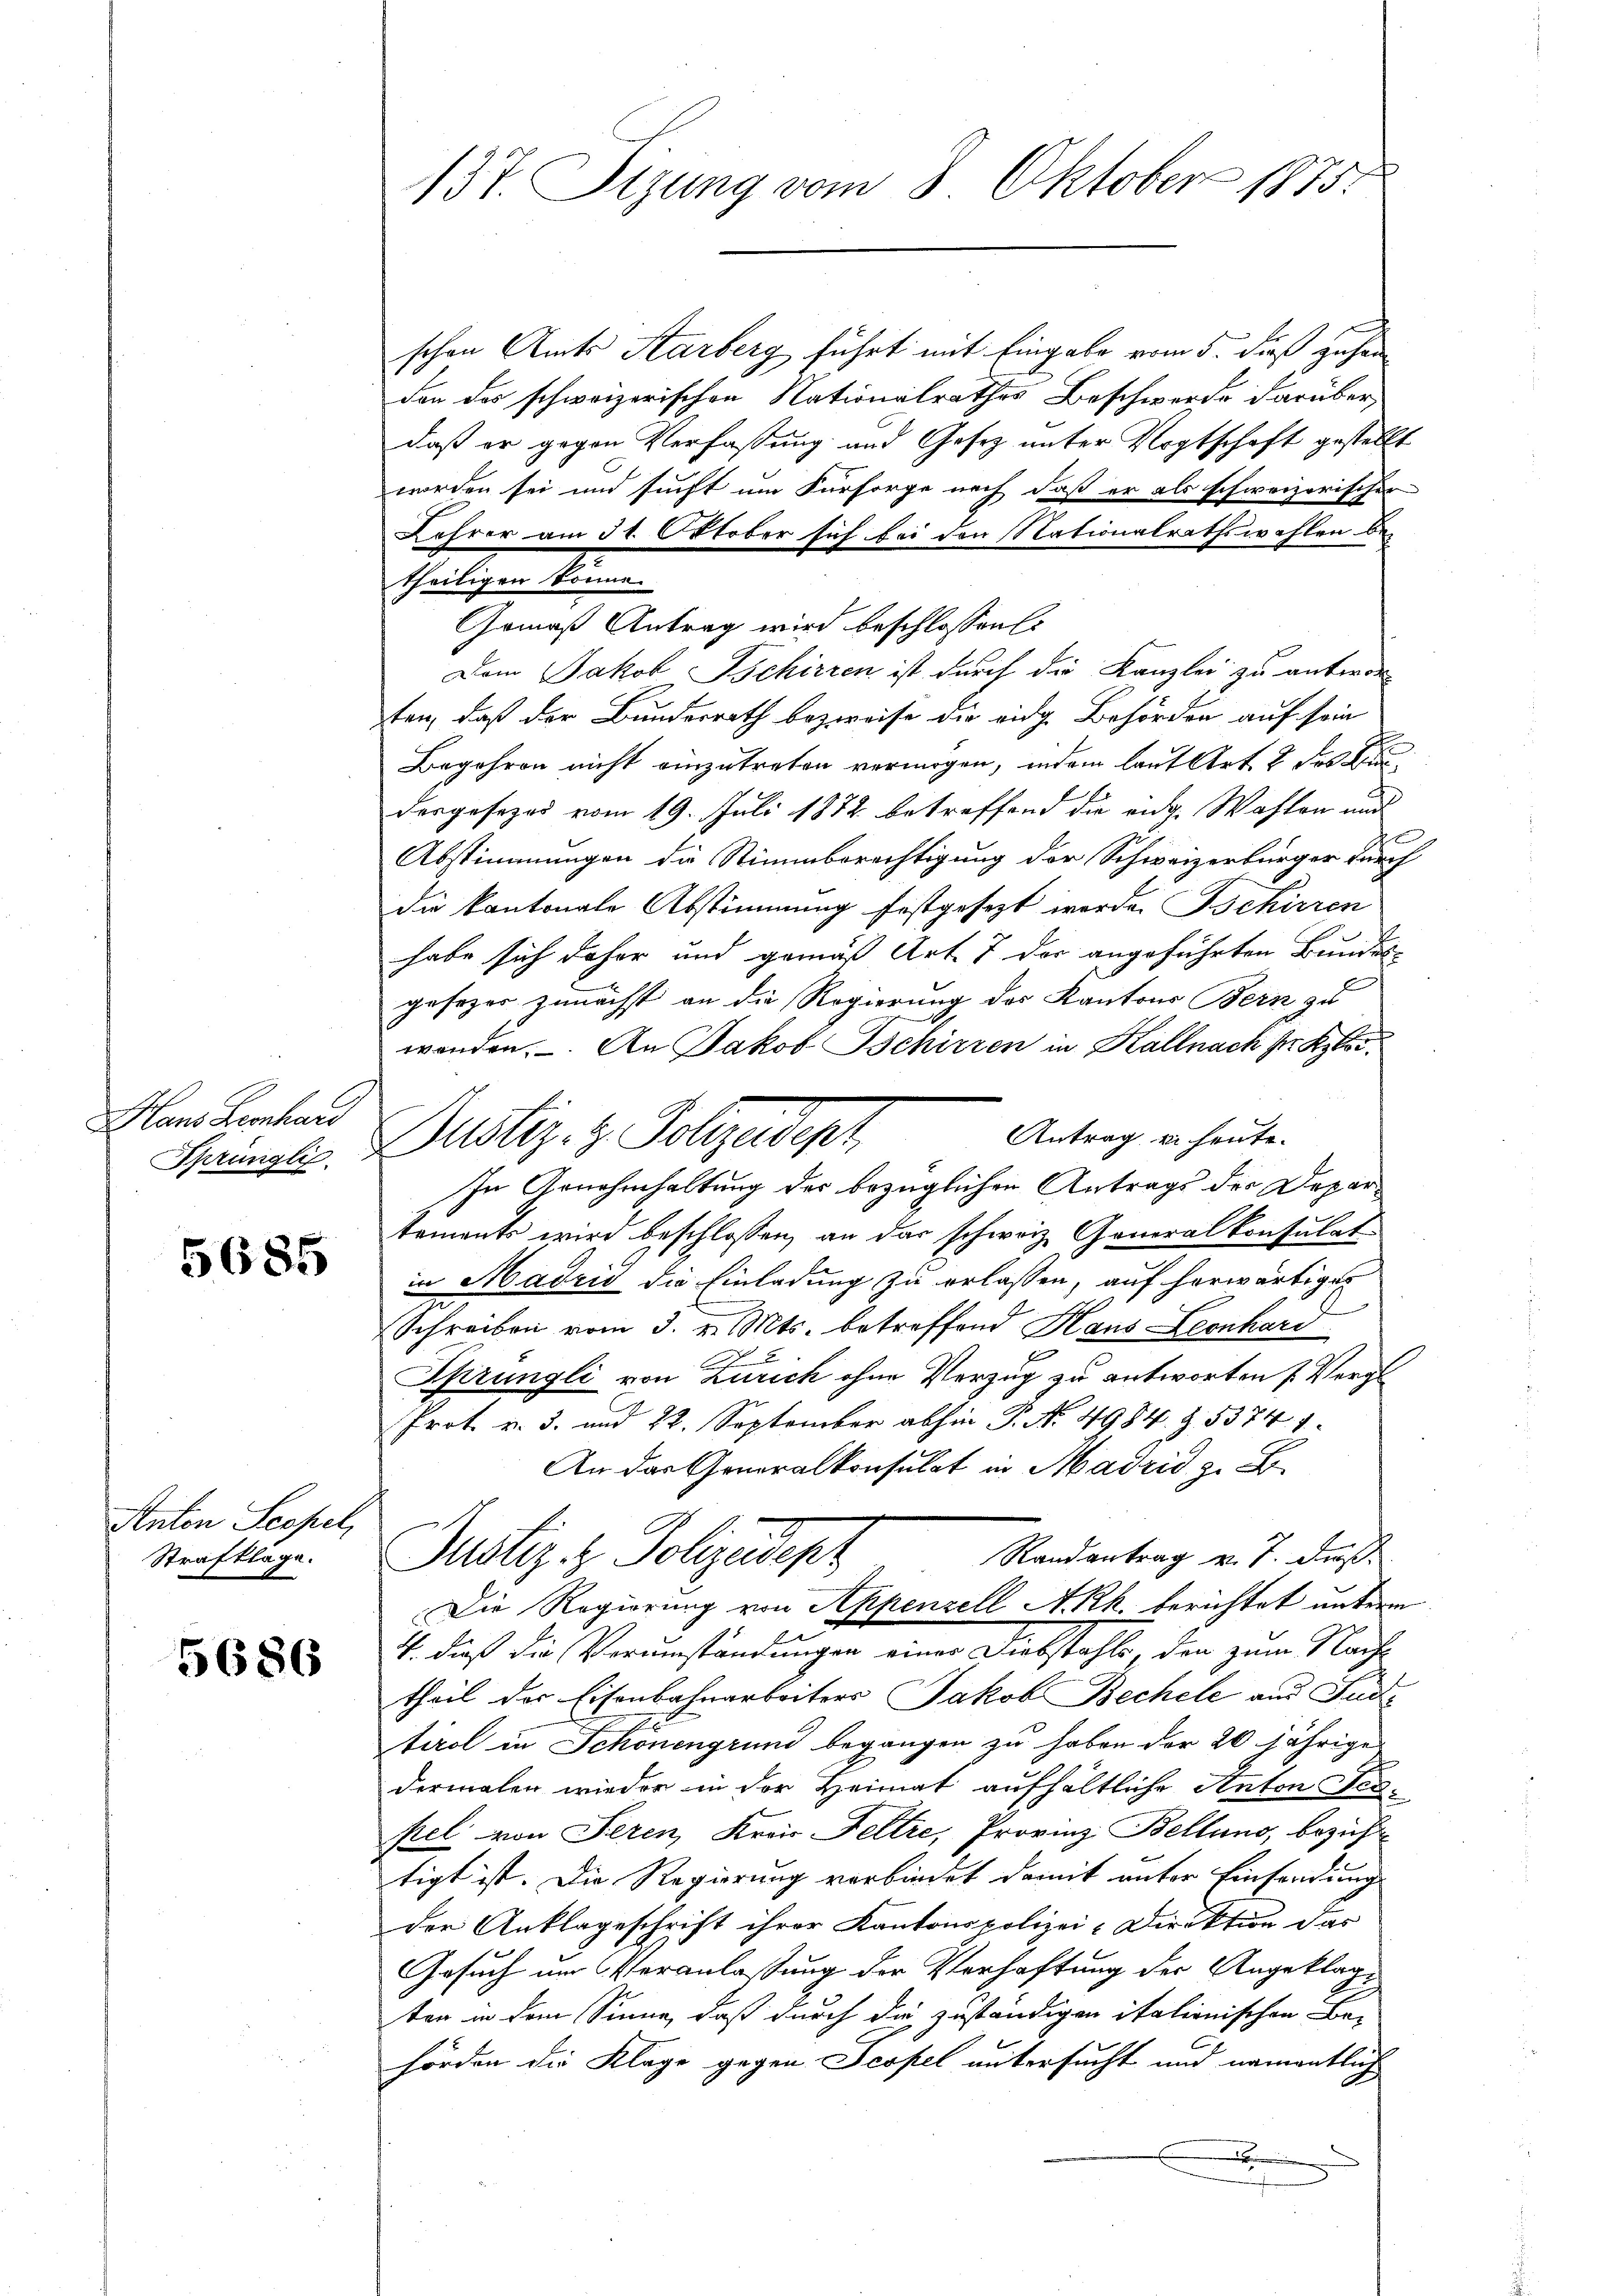
Hans Leonhard

5685

Anton Scopel,
Strafklage.

5686

137. Sizung vom 8. Oktober 1875.

schen Amts Starberg führt mit Eingabe vom 5. dieß zuha
don des schweizerischen Nationalrathes Beschwerde darüber,
daß er gegen Verfassung und Gesez unter Vogtschaft gestellt
worden sei und sucht um Fürsorge noch, daß er als schweizerischer
Lehrer am 31. Oktober sich bei den Nationalrathswahlen bei
Dem Jakob Tschirren ist durch die Kanzlei zu antwor
ten, daß der Bundesrath bezweife die eidg. Behörden auf sein
Begehren nicht einzutreten vermögen, indem laut Art. 2 des St
desgesezod vom 19. Juli 1872 betreffend die eidg. Wahlen und
Abstimmungen die Stimmberechtigung der Schweizerbürger durch
die kantonale Abstimmung festgesezt werde. Bschirren
habe sich daher und gemäß Art. 7 der angeführten Bundes-
gesezes zunächst an die Regierung des Kantons Bern zu
wenden. An Jakob Bschirren in Kallnach sr. Kolle
Antrag er heute.
In Arnahmhaltung der bezüglichen Antrags der Departements wird beschlossen, an der schweiz. Generalkonsulat
in Madzić die Einladung zu erlassen, auf herwärtiger
Schreiben vom 3. v. Mts. betreffend Hans Leonhard
.
Sprüngli von Zürich ohne Vorzug zu antworten u. Vergl.
Prot. v. 3. und 22. September abhin P. Nr. 4984. Z. 5374. 1
An das Generalkonsulat in Madrid z. B.
Randantrag v. 7. dieß.
Justiz z. Polizeidep
Die Regierung von Appenzell A.Rh. berichtet unterm
4. dieß die Verumständungen einer Diebstahls, den zum Nachtheil des Eisenbahnarbeiters Jakob Bechele aus Fud
tirol in Schönengrund begangen zu haben der 20 jährige
dermalen wieder in der Heimat aufhältliche Anton Feupel. von Seren, Kras Feltre, Provinz Bellung, bezieht
tigt ist. Die Regierung verbindet damit unter Einsendung
der Anklageschrift ihrer Kantonspolizei-Direktion dar
Gesuch um Veranlassung der Verhaftung der Angeklagten in dem Sinne, daß durch die zuständigen italionischen Be-
hörden die Kläge gegen Fessel untersucht und namentlich
.

theiligen könne.
Gemäß Antrag wird beschlossensc

Sunst Dustiz- & Polizeidenz,